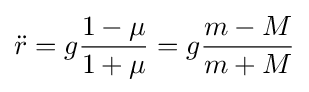
{\ddot {r}}=g{\frac {1-\mu }{1+\mu }}=g{\frac {m-M}{m+M}}